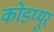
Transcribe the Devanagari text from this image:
कोडय्युर